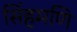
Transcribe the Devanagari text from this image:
सिंहमणि